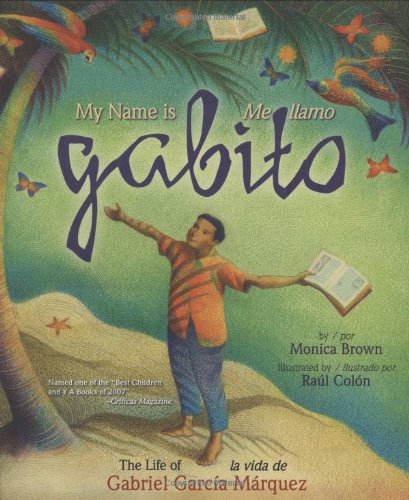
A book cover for My Name is Gabito / Me llamo Gabito: The Life of Gabriel Garcia Marquez (English, Multilingual and Spanish Edition); Monica Brown; Children's Books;